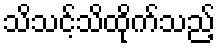
သိသင့်သိထိုက်သည့်